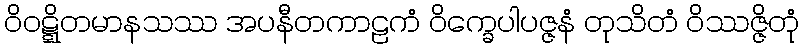
ဝိဝဋ္ဋိတမာနသဿ အပနီတကာဠကံ ဝိက္ခေပါပဇ္ဇနံ တုသိတံ ဝိဿဇ္ဇိတုံ